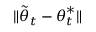
\lVert \tilde { { \boldsymbol { \theta } } } _ { t } - { \boldsymbol { \theta } } _ { t } ^ { * } \rVert